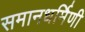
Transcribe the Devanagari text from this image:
समानधर्मिणी